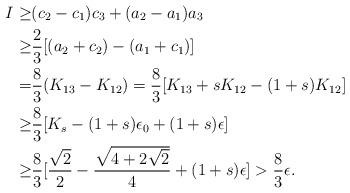
LaTeX: \begin{align*}I\ge& (c_2-c_1)c_3+(a_2-a_1)a_3 \\\ge& \frac23 [(a_2+c_2) - (a_1+c_1)] \\=&\frac83(K_{13}-K_{12})=\frac83 [ K_{13} + sK_{12} - (1+s)K_{12} ] \\\ge& \frac83 [K_s - (1+s)\epsilon_0+(1+s)\epsilon] \\\ge& \frac83 [\frac{\sqrt{2}}2 - \frac{\sqrt{4+2\sqrt{2}}}4+(1+s)\epsilon] > \frac83 \epsilon.\end{align*}